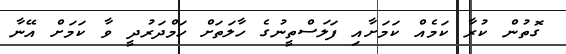
ގޮތުން ކުރާ ކަމެއް ކަމަށާއި ފަލަސްތީނުގެ ހާލަތަށް ހަމްދަރުދީ ވާ ކަމަށް އޭނާ